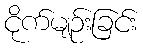
ငိုက်မျဉ်းခြင်း